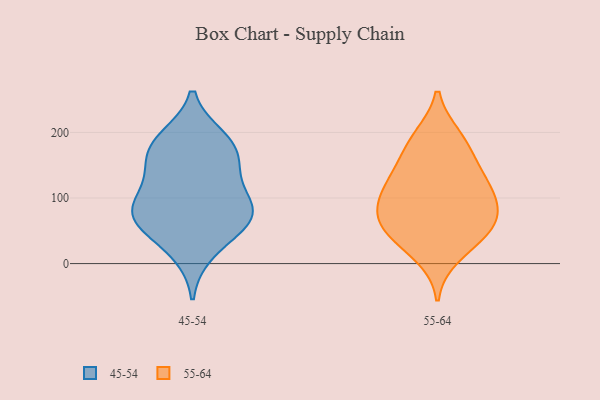
{"axis": {"x": "Satisfaction Score", "y": "Value"}, "legend": ["45-54", "55-64"], "data": [{"x": "", "y": 139, "type": "45-54"}, {"x": "", "y": 175, "type": "45-54"}, {"x": "", "y": 98, "type": "45-54"}, {"x": "", "y": 65, "type": "45-54"}, {"x": "", "y": 62, "type": "45-54"}, {"x": "", "y": 63, "type": "45-54"}, {"x": "", "y": 84, "type": "45-54"}, {"x": "", "y": 88, "type": "45-54"}, {"x": "", "y": 190, "type": "45-54"}, {"x": "", "y": 18, "type": "45-54"}, {"x": "", "y": 183, "type": "45-54"}, {"x": "", "y": 149, "type": "45-54"}, {"x": "", "y": 119, "type": "55-64"}, {"x": "", "y": 52, "type": "55-64"}, {"x": "", "y": 83, "type": "55-64"}, {"x": "", "y": 38, "type": "55-64"}, {"x": "", "y": 109, "type": "55-64"}, {"x": "", "y": 47, "type": "55-64"}, {"x": "", "y": 71, "type": "55-64"}, {"x": "", "y": 12, "type": "55-64"}, {"x": "", "y": 68, "type": "55-64"}, {"x": "", "y": 194, "type": "55-64"}, {"x": "", "y": 161, "type": "55-64"}, {"x": "", "y": 191, "type": "55-64"}, {"x": "", "y": 123, "type": "55-64"}, {"x": "", "y": 146, "type": "55-64"}, {"x": "", "y": 94, "type": "55-64"}]}